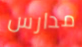
مدارس